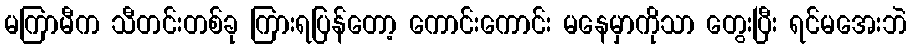
မကြာမီက သီတင်းတစ်ခု ကြားရပြန်တော့ ကောင်းကောင်း မနေမှာကိုသာ တွေးပြီး ရင်မအေးဘဲ